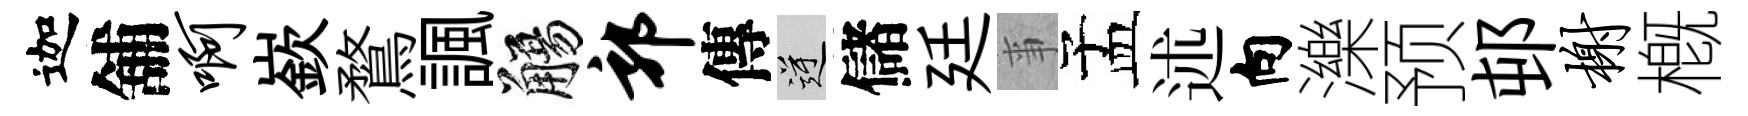
迦舖啊嶔鶩諷觴郭傳逆儲廷亊孟述向濼预邨榭槪